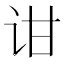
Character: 𬣠